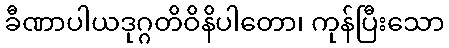
ခီဏာပါယဒုဂ္ဂတိဝိနိပါတော၊ ကုန်ပြီးသော